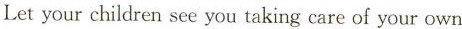
Letyour children see you taking care of your own